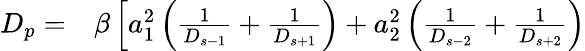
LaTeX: \begin{array}{rl}{D_{p}=}&{{}\beta\left[a_{1}^{2}\left(\frac{1}{D_{s-1}}+\frac{1}{D_{s+1}}\right)+a_{2}^{2}\left(\frac{1}{D_{s-2}}+\frac{1}{D_{s+2}}\right)\right.}\end{array}